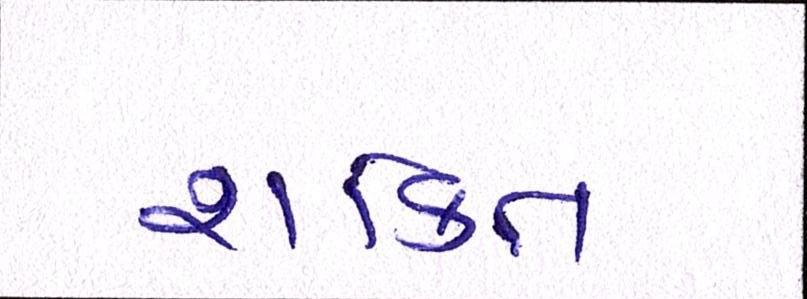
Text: શકિત